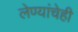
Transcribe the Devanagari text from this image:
लेण्यांचेही